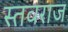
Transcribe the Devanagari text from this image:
स्तवराज